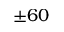
\pm 6 0